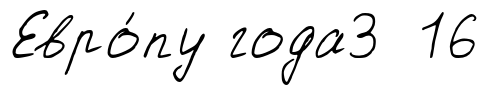
Евро́пу года3 16